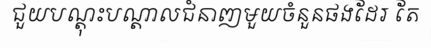
ជួយបណ្តុះបណ្តាលជំនាញមួយចំនួនផងដែរ តែ